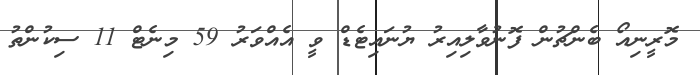
މޮރީނިއޯ ބެންޗުން ފޮނުވާލިއިރު ޔުނައިޓެޑް ވީ އެއްވަރު 59 މިނެޓް 11 ސިކުންތު